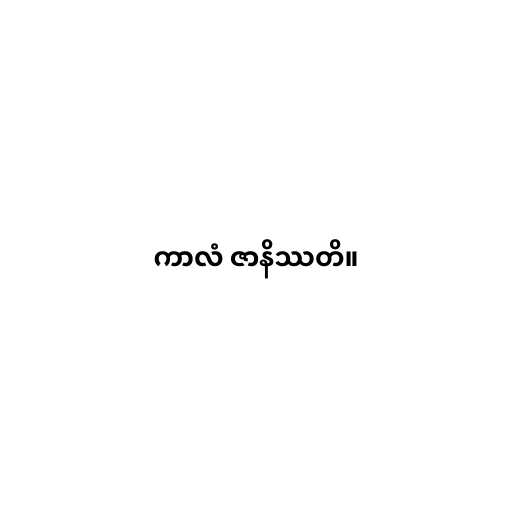
ကာလံ ဇာနိဿတိ။